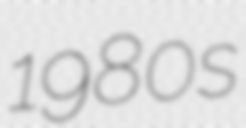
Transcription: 1980s